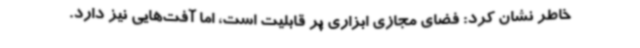
خاطر نشان کرد: فضای مجازی ابزاری پر قابلیت است، اما آفت‌هایی نیز دارد.